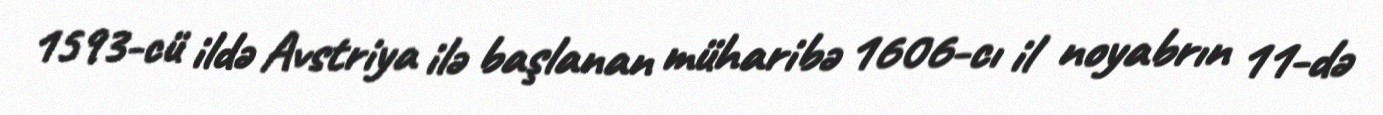
1593-cü ildə Avstriya ilə başlanan müharibə 1606-cı il noyabrın 11-də